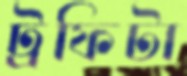
ট্রফিটা